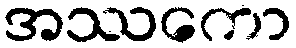
အဿကော